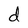
Character: d